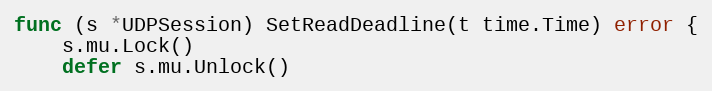
Language: Go
func (s *UDPSession) SetReadDeadline(t time.Time) error {
	s.mu.Lock()
	defer s.mu.Unlock()